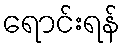
ရောင်းရန်